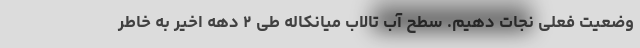
وضعیت فعلی نجات دهیم. سطح آب تالاب میانکاله طی ۲ دهه اخیر به خاطر